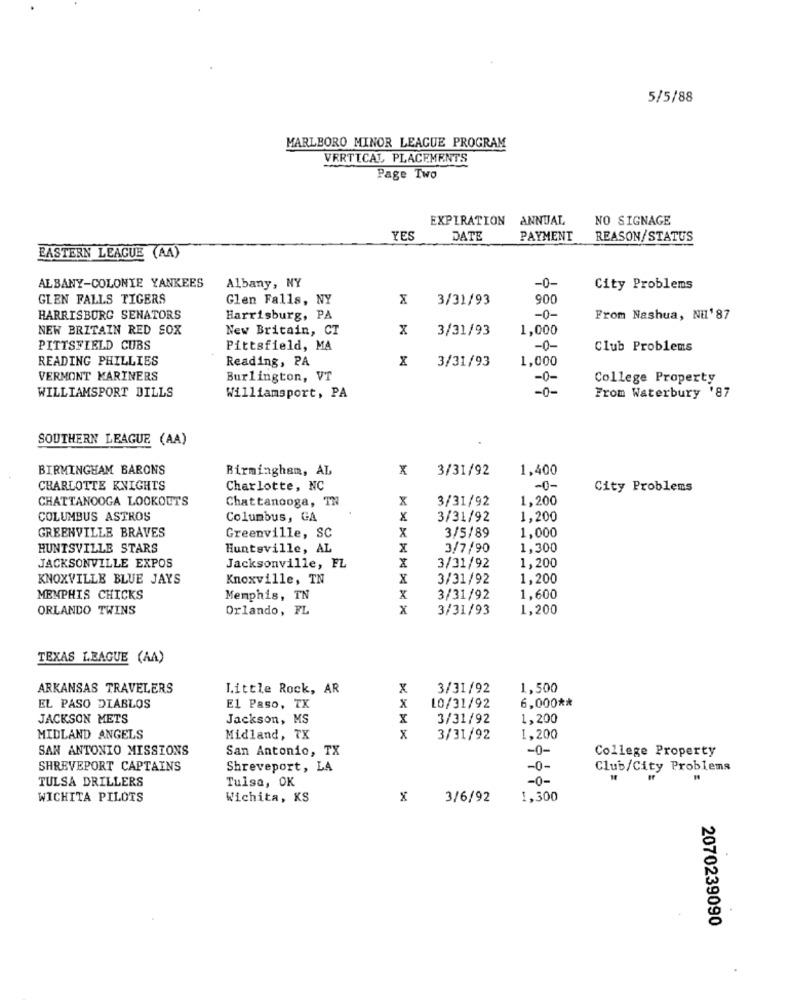
5/5/88
MARLBORO MINOR LEAGUE PROGRAM
VERTICAL PLACEMENTS
Page Two
EXPIRATION
ANNUAL
NO SIGNAGE
YES
DATE
PAYMENT
REASON/STATUS
EASTERN LEAGUE (AA)
ALBANY-COLONIE YANKEES
Albany, NY
M
-0-
City Problems
GLEN FALLS TIGERS
Glen Falls, NY
3/31/93
900
HARRISBURG SENATORS
Harrisburg, PA
-0-
From Nashua, NEL' 87
NEW BRITAIN RED SOX
New Britain, CT
x
3/31/93
1,000
PITTSFIELD CUBS
Pittsfield, MA
-0-
Club Problems
READING PHILLIES
Reading, PA
x
3/31/93
1,000
VERMONT MARINERS
Burlington, VT
-0-
College Property
WILLIAMSPORT DILLS
-0-
Williamsport, PA
From Waterbury '87
SOUTHERN LEAGUE (AA)
BIRMINGHAM BARONS
Birmingham, AL
x
3/31/92
1,400
CHARLOTTE KNIGHTS
Charlotte, NC
-0-
City Problems
CHATTANOOGA LOOKOUTS
Chattanooga, TN
x
3/31/92
1.200
COLUMBUS ASTROS
Columbus, GA
X
3/31/92
1,200
GREENVILLE BRAVES
3/5/89
1,000
Greenville, SC
X
HUNTSVILLE STARS
Huntsville, AL
X
3/7/90
1,300
JACKSONVILLE EXPOS
Jacksonville, FL
X
3/31/92
1,200
KNOXVILLE BLUE JAYS
Knoxville, TN
X
3/31/92
1,200
MEMPHIS CHICKS
Memphis, TN
X
3/31/92
1,600
ORLANDO TWINS
Orlando, FL
x
3/31/93
1,200
TEXAS LEAGUE (AA)
ARKANSAS TRAVELERS
Little Rock, AR
x
3/31/92
1,500
6,000 **
EL PASO DIABLOS
El Paso, TX
X
LO/31/92
JACKSON METS
Jackson, MS
x
3/31/92
1,200
MIDLAND ANGELS
Midland, TX
x
3/31/92
1,200
SAN ANTONIO MISSIONS
San Antonio, TX
-0-
College Property
SHREVEPORT CAPTAINS
Shreveport, LA
-0-
Club/City Problems
TULSA DRILLERS
-0-
Tulsa, OK
WICHITA PILOTS
Wichita, KS
x
3/6/92
1,300
2070239090